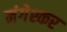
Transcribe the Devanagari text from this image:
मंगेश्कर